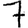
Digit: 7